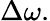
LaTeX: \Delta\omega.